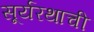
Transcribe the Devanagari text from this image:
सूर्यरथाची